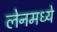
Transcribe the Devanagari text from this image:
लेनमध्ये